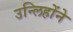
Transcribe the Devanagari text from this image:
उन्लिहोंने